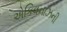
એકિવનાઝની